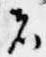
者